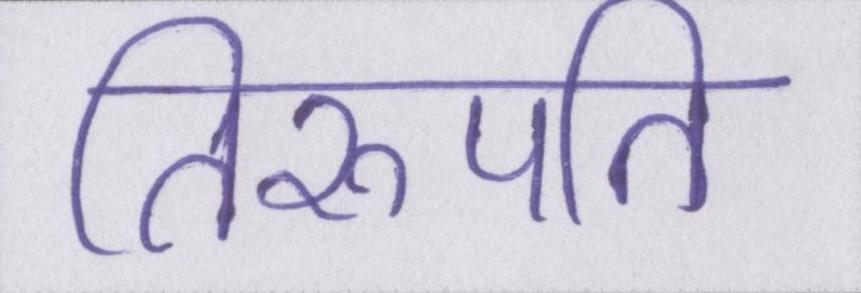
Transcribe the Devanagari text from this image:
तिरुपति